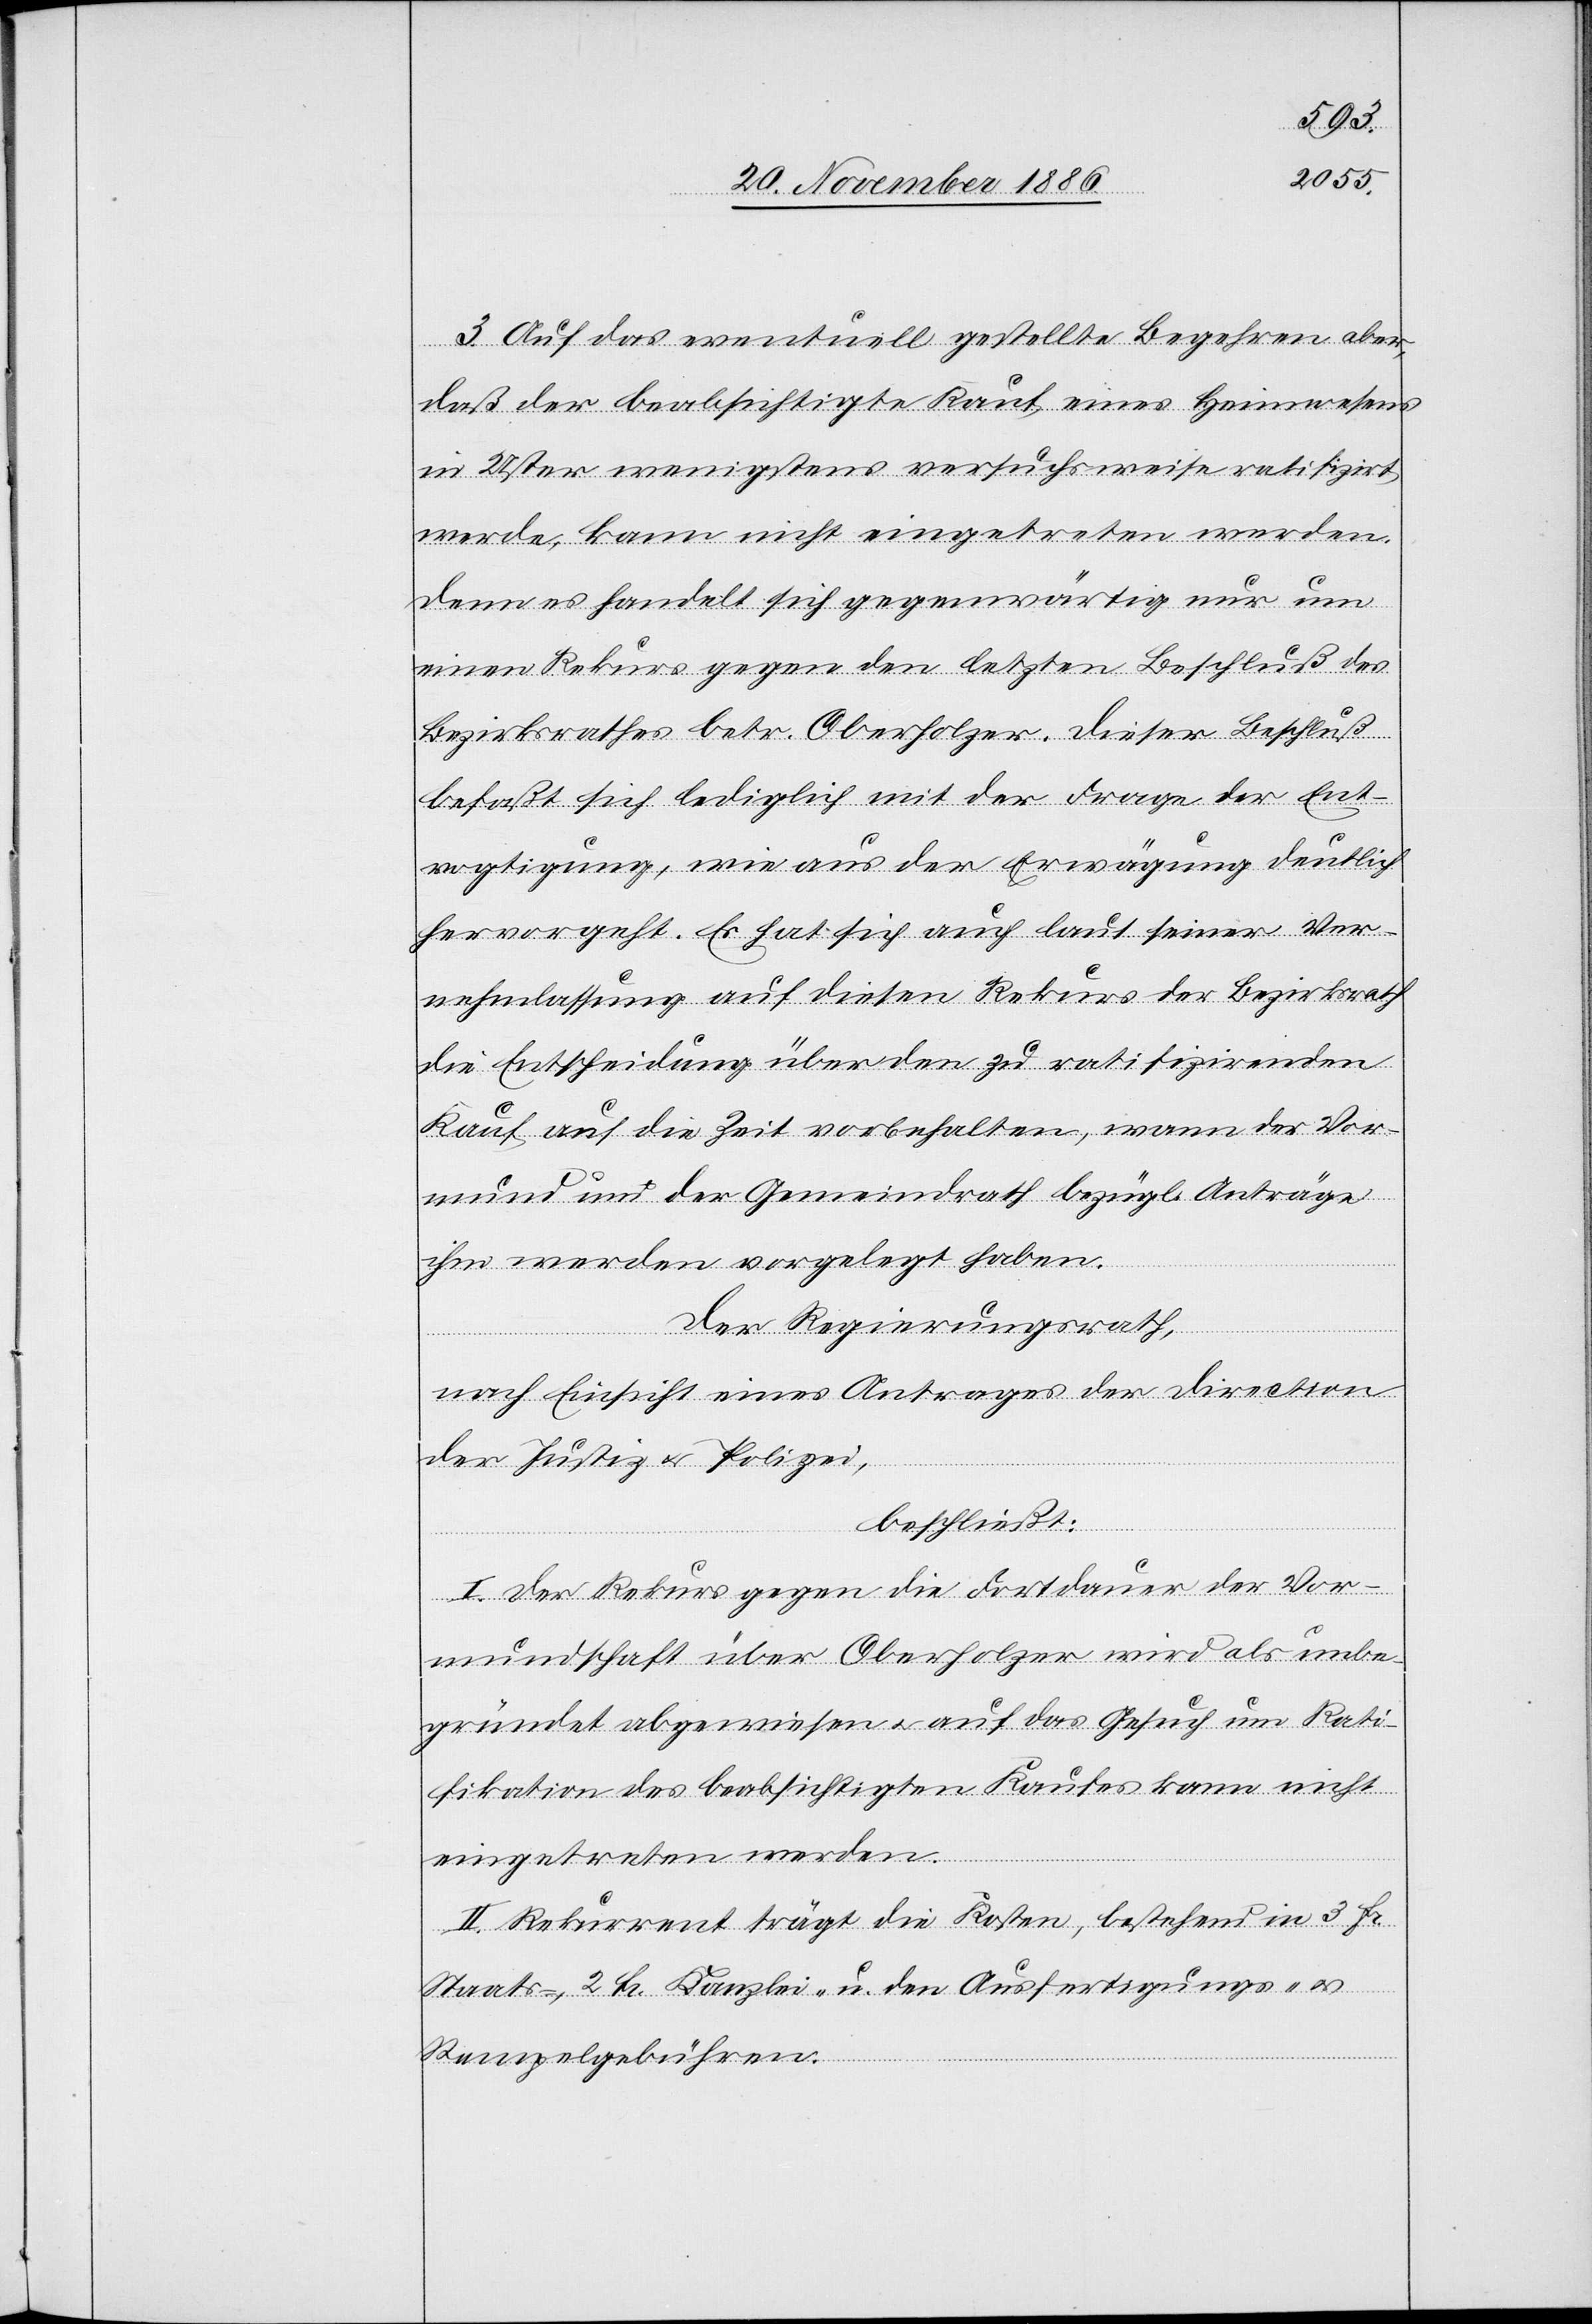
3. Auf das eventuell gestellte Begehren aber,
daß der beabsichtigte Kauf eines Heimwesens
in Uster wenigstens versuchsweise ratifizirt
werde, kann nicht eingetreten werden,
denn es handelt sich gegenwärtig nur um
einen Rekurs gegen den letzten Beschluß des
Bezirksrathes betr. Oberholzer. Dieser Beschluß
befaßt sich lediglich mit der Frage der Ent¬
vogtigung, wie aus der Erwägung deutlich
hervorgeht. Es hat sich auch laut seiner Ver¬
nehmlassung auf diesen Rekurs der Bezirksrath
die Entscheidung über den zu ratifizirenden
Kauf auf die Zeit vorbehalten, wann der Vor¬
mund und der Gemeindrath bezügl. Anträge
ihm werden vorgelegt haben.
Der Regierungsrath,
nach Einsicht eines Antrages der Direction
der Justiz & Polizei,
beschließt:
I. Der Rekurs gegen die Fortdauer der Vor¬
mundschaft über Oberholzer wird als unbe¬
gründet abgewiesen & auf das Gesuch um Rati¬
fikation des beabsichtigten Kaufes kann nicht
eingetreten werden.
II. Rekurrent trägt die Kosten, bestehend in 3 Fr.
Staats-, 2 Fr. Kanzlei- u. den Ausfertigungs-
Stempelgebühren.